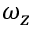
\omega _ { z }